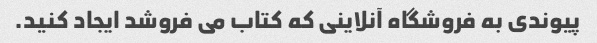
پیوندی به فروشگاه آنلاینی که کتاب می فروشد ایجاد کنید.